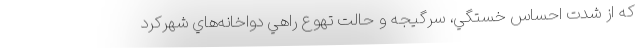
كه از شدت احساس خستگي، سرگيجه و حالت تهوع راهي دواخانه‌هاي شهركرد